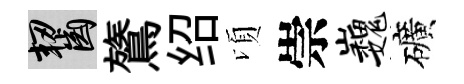
齧鷟绍頃崇巍礦